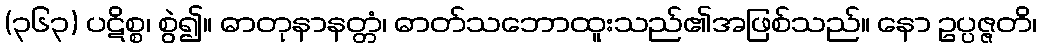
(၃၆၃) ပဋိစ္စ၊ စွဲ၍။ ဓာတုနာနတ္တံ၊ ဓာတ်သဘောထူးသည်၏အဖြစ်သည်။ နော ဥပ္ပဇ္ဇတိ၊